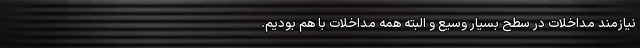
نیازمند مداخلات در سطح بسیار وسیع و البته همه مداخلات با هم بودیم.